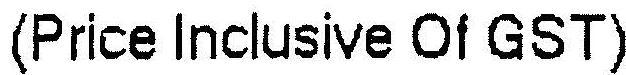
(PRICE INCLUSIVE OF GST)